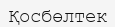
Қосбөлтек